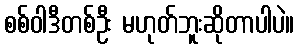
စစ်ဝါဒီတစ်ဦး မဟုတ်ဘူးဆိုတာပါပဲ။